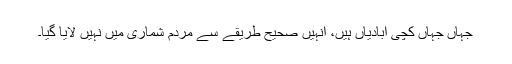
جہاں جہاں کچی آبادیاں ہیں، انہیں صحیح طریقے سے مردم شماری میں نہیں لایا گیا۔